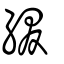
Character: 綴